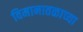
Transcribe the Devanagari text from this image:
विमानातळाच्या